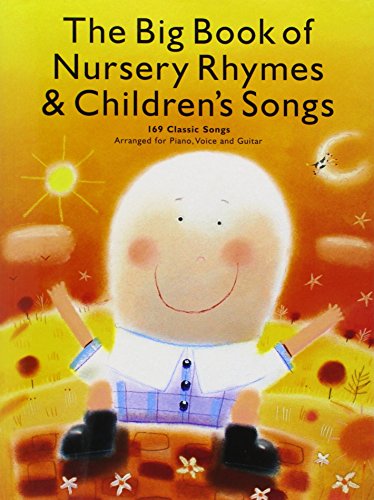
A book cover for The Big Book of Nursery Rhymes and Children's Songs: P/V/G; Children's Books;